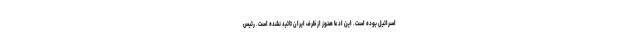
اسرائیل بوده است. این ادعا هنوز از ظرف ایران تائید نشده است. رئیس